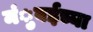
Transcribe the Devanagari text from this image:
मंुबईच्या